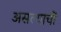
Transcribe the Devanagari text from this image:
असल्याचीं